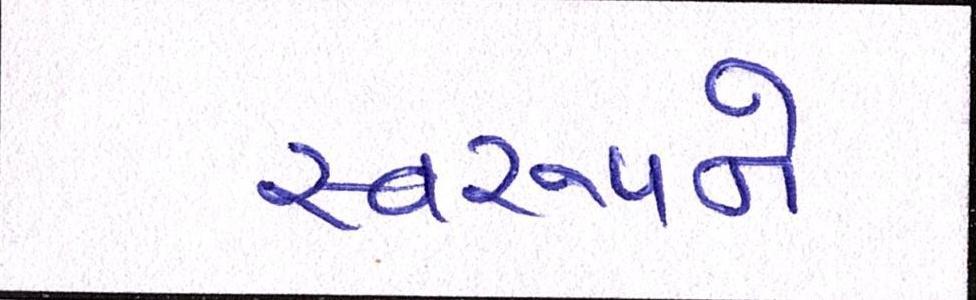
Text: સ્વરૂપને